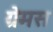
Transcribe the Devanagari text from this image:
ग्रेमस